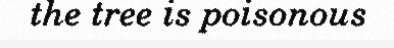
the tree is poisonous